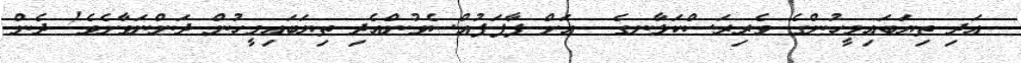
އަދި ތިޔަބައިމީހުންގެ ވެރިރަސްކަލާނގެ  އަށް ފާފަފުއްސެވުންއެދި ތިޔަބައިމީހުން ދަންނަވާށެވެ! ދެން